Indian journal of veterinary science and animal husbandry - Volumes 15-17, 1948-1951
Year: 1948
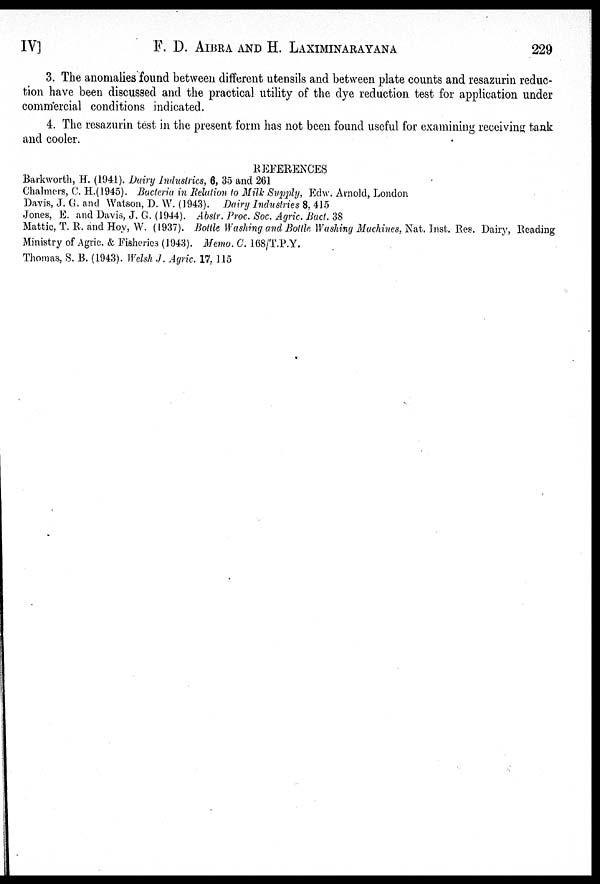
IV]
F. D. AIBRA AND H.
LAXIMINARATANA
229
3. The anomalies found between different utensils and between plate counts and resazurin reduc-
tion have been discussed and the practical utility of the dye reduction test for application under
commercial conditions indicated.
4. The resazurin test in the present form has not been found useful for examining receiving tank
and cooler.
REFERENCES
Barkworth, H. (1941). Dairy Industries, 6, 35 and 261
Chalmers, C. H.(1945). Bacteria in Relation to Milk Supply, Edw. Arnold, London
Davis, J. G. and Watson, D. W. (1943). Dairy Industries 8, 415
Jones, E. and Davis, J. G. (1944). Abstr. Proc. Soc. Agric. Bact. 38
Mattic, T. R. and Hoy, W. (1937). Bottle Washing and Bottle Washing Machines, Nat. Inst. Res. Dairy, Reading
Ministry of Agric. & Fisheries (1943). Memo. C. 168/T.P.Y.
Thomas, S. B. (1943). Welsh J. Agric. 17, 115